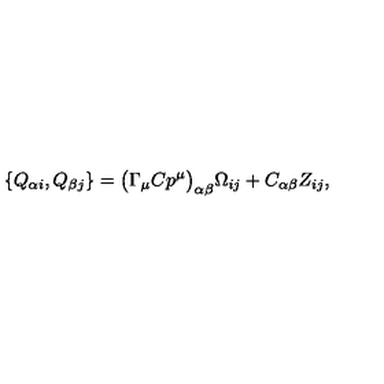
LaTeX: \{ Q _ { \alpha i } , Q _ { \beta j } \} = \bigl ( \Gamma _ { \mu } C p ^ { \mu } \bigr ) _ { \alpha \beta } \Omega _ { i j } + C _ { \alpha \beta } Z _ { i j } ,